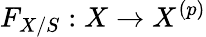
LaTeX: F_{X/S}:X\to X^{(p)}